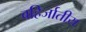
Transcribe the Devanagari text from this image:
बहिर्जातीय